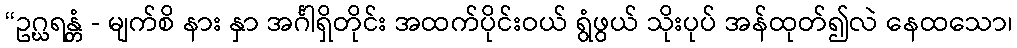
“ဥဂ္ဃရန္တံ - မျက်စိ နား နှာ အင်္ဂါရှိတိုင်း အထက်ပိုင်းဝယ် ရွံဖွယ် သိုးပုပ် အန်ထုတ်၍လဲ နေထသော၊